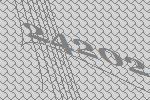
24202